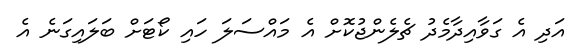
އަދި އެ ގަވާއިދާމެދު ޗެލެންޖުކޮށް އެ މައްސަލަ ހައި ކޯޓަށް ބަލައިގަނެ އެ